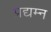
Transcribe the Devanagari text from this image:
प्रद्यम्न